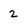
Character: 2